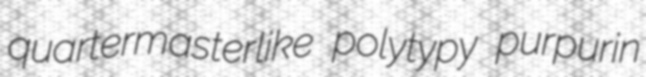
quartermasterlike polytypy purpurin